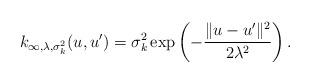
LaTeX: \begin{align*}k_{\infty,\lambda,\sigma_k^2}(u,u') = \sigma_k^2 \exp \left(-\frac{\|u-u'\|^2}{2 \lambda^2}\right).\end{align*}